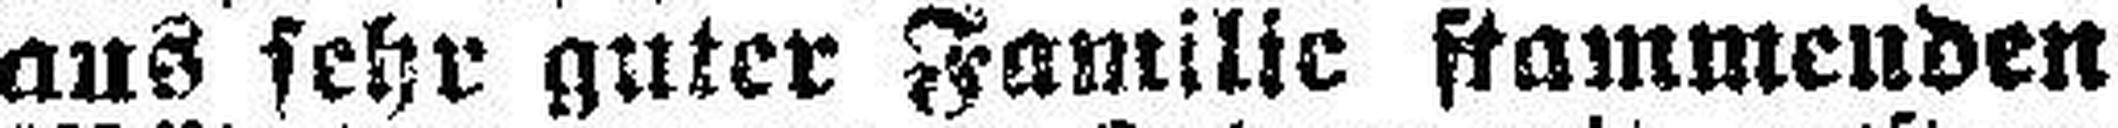
aus sehr guter Familie stammenden